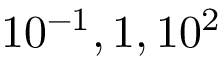
1 0 ^ { - 1 } , 1 , 1 0 ^ { 2 }